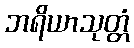
ဘရိယာသုတ္တံ